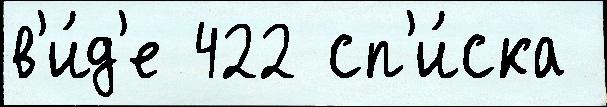
в'и́д'е 422 сп'и́ска